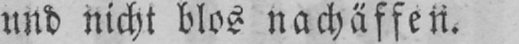
und nicht blos nachäffen.